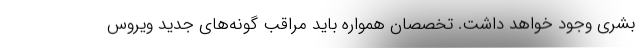
بشری وجود خواهد داشت. تخصصان همواره باید مراقب گونه‌های جدید ویروس